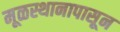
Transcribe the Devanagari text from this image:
मूळस्थानापासून